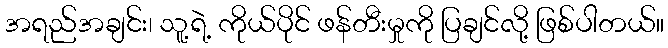
အရည်အချင်း၊ သူ့ရဲ့ ကိုယ်ပိုင် ဖန်တီးမှုကို ပြချင်လို့ ဖြစ်ပါတယ်။